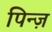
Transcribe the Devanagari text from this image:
पिन्ज़